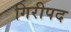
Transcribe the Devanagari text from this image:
गिरीपद